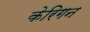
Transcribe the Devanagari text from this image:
केरिगन